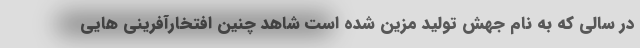
در سالی که به نام جهش تولید مزین شده است شاهد چنین افتخارآفرینی هایی